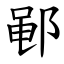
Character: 𫑡